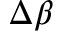
\Delta \beta